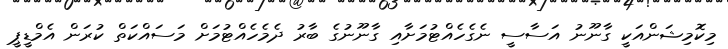
މިކޮމިޝަންއަކީ ގާނޫނު އަސާސީ ނެގެހެއްޓުމަށާއި ގާނޫނުގެ ބާރު ދެމެހެއްޓުމަށް މަސައްކަތް ކުރަން އެމްޑީޕީ